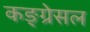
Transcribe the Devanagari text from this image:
कङ्ग्रेसल